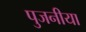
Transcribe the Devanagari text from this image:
पुजनीया